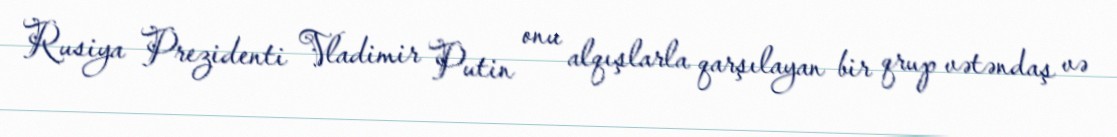
Rusiya Prezidenti Vladimir Putin onu alqışlarla qarşılayan bir qrup vətəndaş və